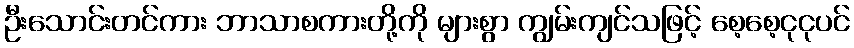
ဦးသောင်းတင်ကား ဘာသာစကားတို့ကို များစွာ ကျွမ်းကျင်သဖြင့် စေ့စေ့ငုငုပင်